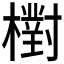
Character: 𣝉